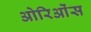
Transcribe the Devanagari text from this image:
ओरिओंस